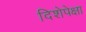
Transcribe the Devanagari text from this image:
दिशेपेक्षा